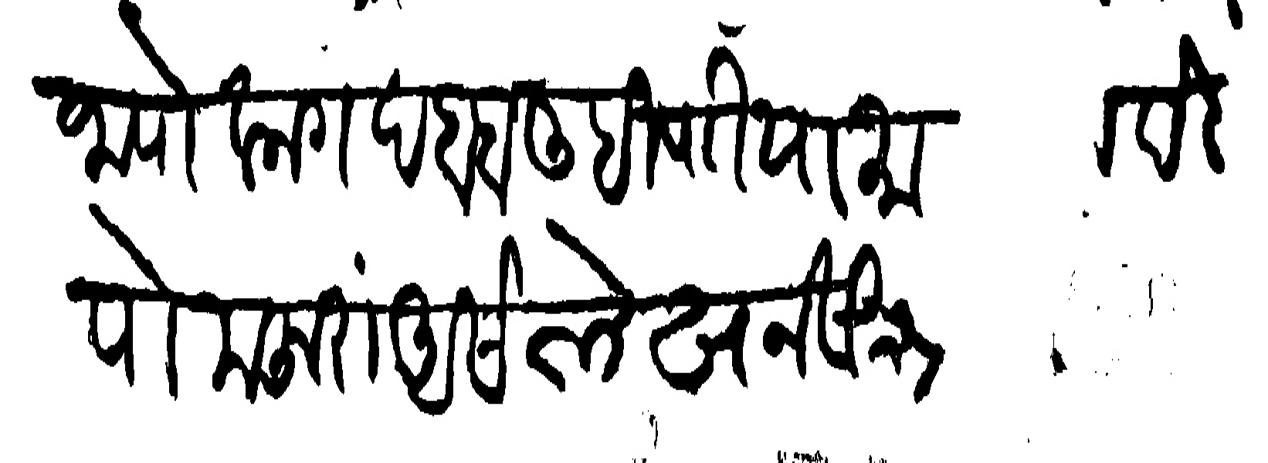
Transliteration (Devanagari): जाणे कागद बाब लिहिणियामा फक देत जाणे मजुरा असे लेखन सीमा